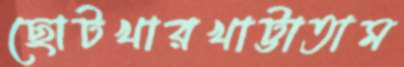
ছোটখারখাট্টাতাম